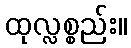
ထုလ္လစ္စည်း။